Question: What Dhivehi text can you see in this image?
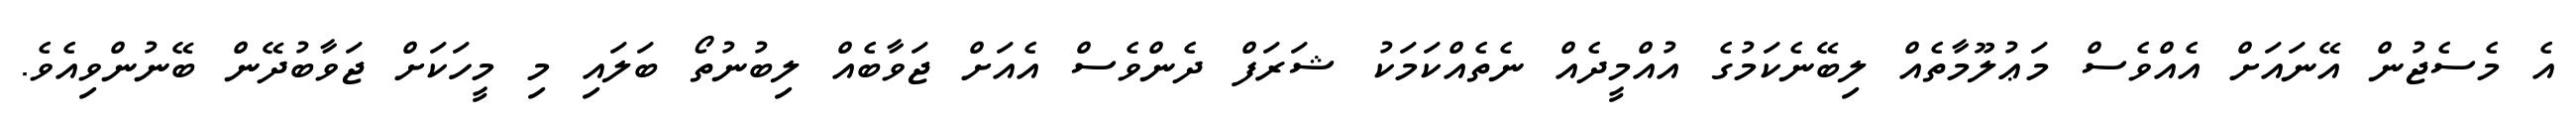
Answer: އެ މެސެޖުން އޭނައަށް އެއްވެސް މަޢުލޫމާތެއް ލިބޭނެކަމުގެ އުއްމީދެއް ނެތެއްކަމަކު ޝަރަފް ދެންވެސް އެއަށް ޖަވާބެއް ލިބުނުތޯ ބަލައި މި މީހަކަށް ޖަވާބުދޭން ބޭނުންވިއެވެ.